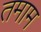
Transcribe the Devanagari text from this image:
तमाम